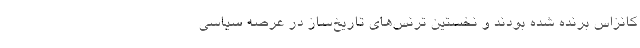
کانزاس برنده شده بودند و نخستین ترنس‌های تاریخ‌ساز در عرصه سیاسی